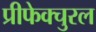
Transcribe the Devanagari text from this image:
प्रीफेक्चुरल